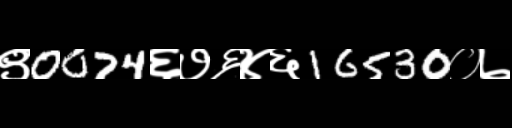
Text: ९0074६७६४६16530०७